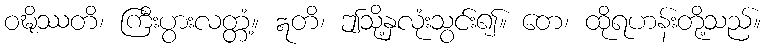
ဝဍ္ဎိဿတိ၊ ကြီးပွားလတ္တံ့။ ဣတိ၊ ဤသို့နှလုံးသွင်း၍။ တေ၊ ထိုရဟန်းတို့သည်။